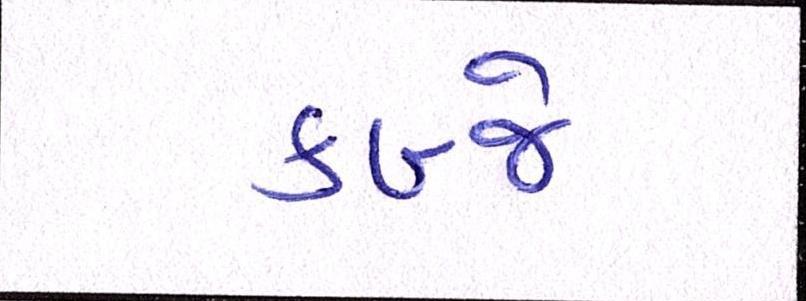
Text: કબ્જે